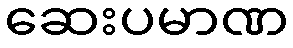
ဆေးပမာဏ